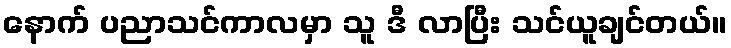
နောက် ပညာသင်ကာလမှာ သူ ဒီ လာပြီး သင်ယူချင်တယ်။